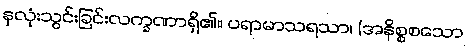
နှလုံးသွင်းခြင်းလက္ခဏာရှိ၏။ ပရာမာသရသာ၊ (အနိစ္စစသော